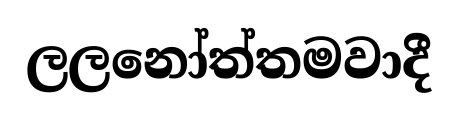
ලලනෝත්තමවාදී